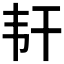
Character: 𬰱